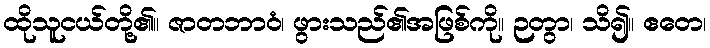
ထိုသူငယ်တို့၏။ ဇာတဘာဝံ၊ ဖွားသည်၏အဖြစ်ကို။ ဉတွာ၊ သိ၍။ ဧတေ၊